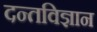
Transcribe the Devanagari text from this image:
दन्तविज्ञान